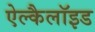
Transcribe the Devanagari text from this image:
ऐल्कैलॉइड